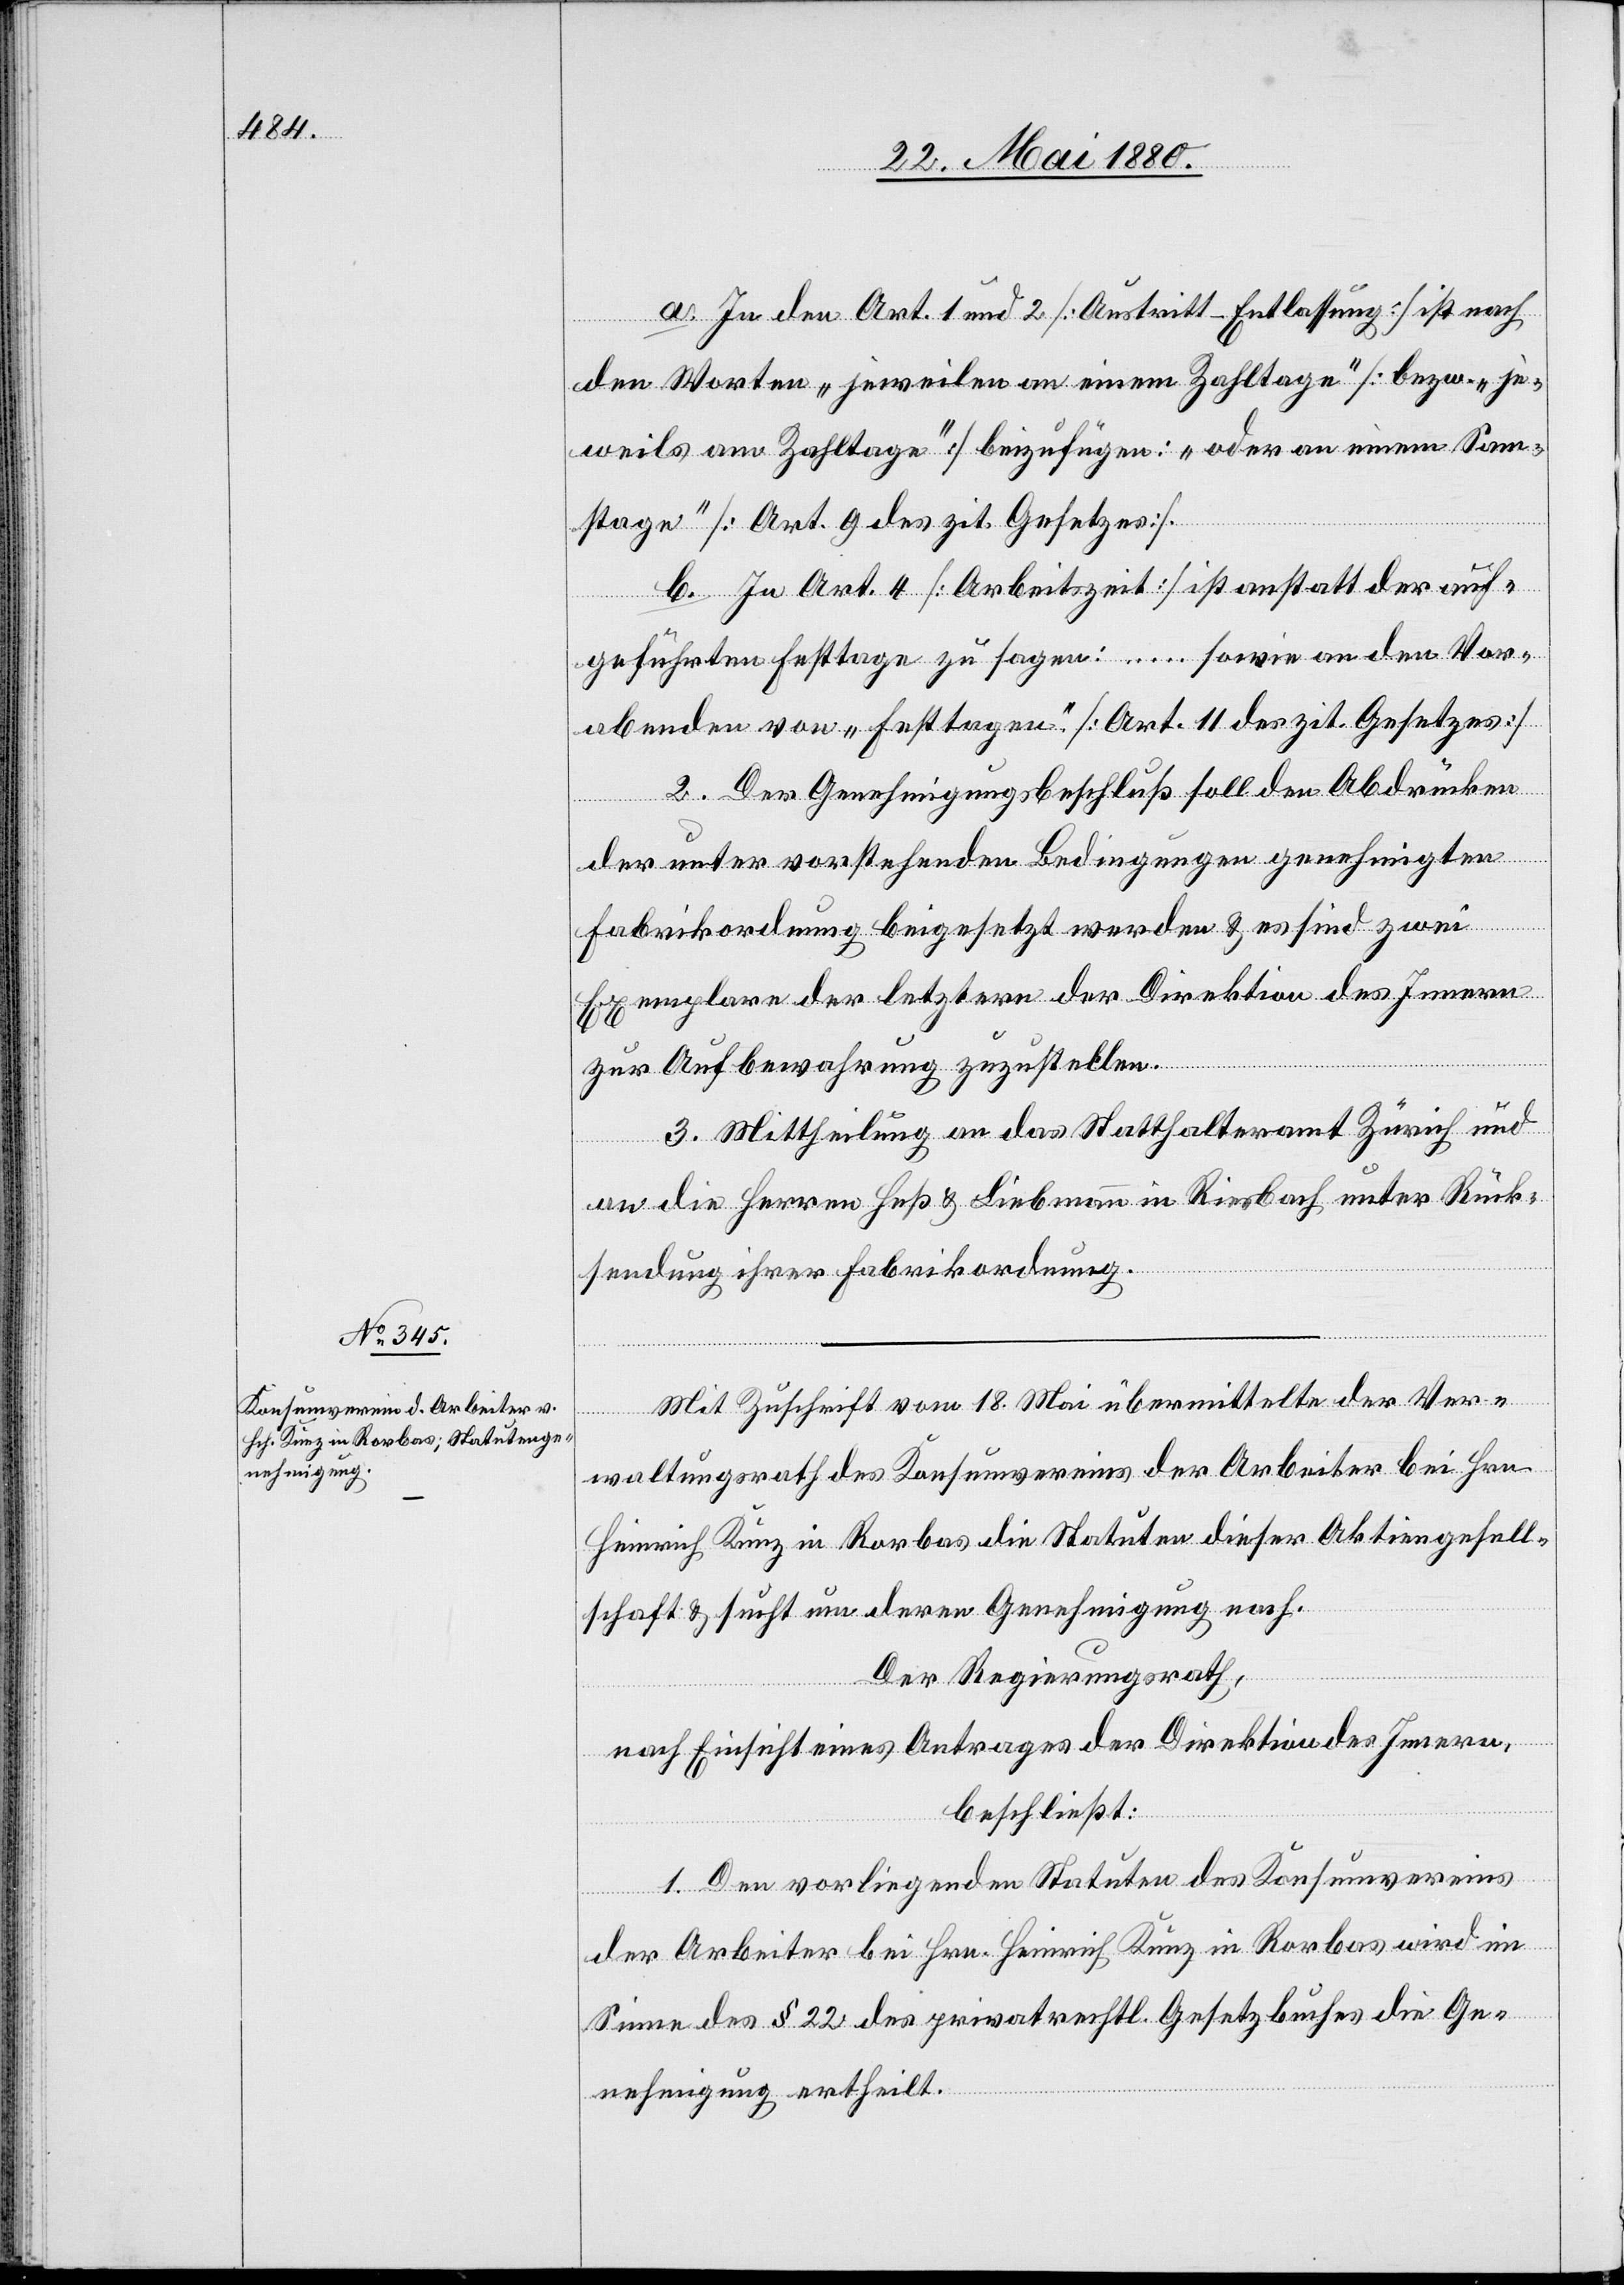
a. In den Art. 1 und 2 [Austritt-Entlassung] ist nach
den Worten „jeweilen an einem Zahltage“ [bezw. „je¬
weils am Zahltage“] beizufügen: „oder an einem Sam¬
stage“ [Art. 9 des zit. Gesetzes]
b. In Art. 4 [Arbeitszeit] ist anstatt der auf¬
geführten Festtage zu sagen: … sowie an den Vor¬
abenden von „Festtagen.“ [Art. 11 des zit. Gesetzes]
2. Der Genehmigungsbeschluß soll den Abdrücken
der unter vorstehenden Bedingungen genehmigten
Fabrikordnung beigesetzt werden & es sind zwei
Exemplare der letztern der Direktion des Innern
zur Aufbewahrung zuzustellen.
3. Mittheilung an das Statthalteramt Zürich und
an die Herren Heß & Liebmann in Riesbach unter Rück¬
sendung ihrer Fabrikordnung.
Mit Zuschrift vom 18. Mai übermittelte der Ver¬
waltungsrath des Konsumvereins der Arbeiter bei Hrn.
Heinrich Kunz in Rorbas die Statuten dieser Aktiengesell¬
schaft & sucht um deren Genehmigung nach.
Der Regierungsrath;
nach Einsicht eines Antrages der Direktion des Innern,
beschließt:
1. Den vorliegenden Statuten des Konsumvereins
der Arbeiter bei Hrn. Heinrich Kunz in Rorbas wird im
Sinne des § 22 des privatrechtl. Gesetzbuches die Ge¬
nehmigung ertheilt.